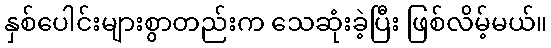
နှစ်ပေါင်းများစွာတည်းက သေဆုံးခဲ့ပြီး ဖြစ်လိမ့်မယ်။